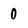
Character: 0